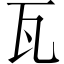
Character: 瓦